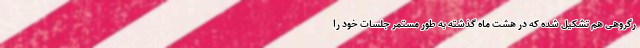
رگروهی هم تشکیل شده که در هشت ماه گذشته به طور مستمر جلسات خود را